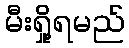
မီးရှို့ရမည်